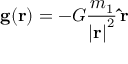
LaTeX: \mathbf { g } ( \mathbf { r } ) = - G { \frac { m _ { 1 } } { { \vert \mathbf { r } \vert } ^ { 2 } } } \, \mathbf { \hat { r } }